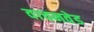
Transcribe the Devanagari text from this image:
वाचनवेड